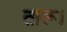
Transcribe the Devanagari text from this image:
तारू।